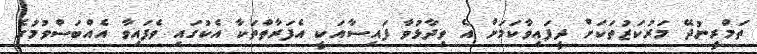
ތަމްރީނުދޭ މަރުކަޒުތަކަށް ދީފައިވާކަމަށް އެ ވިދާޅުވާ ފައިސާއަކީ އެފަރާތްތަކާ އެކުގައި ވެފައިވާ އެއްބަސްވުމުގެ